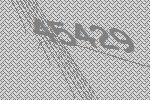
45429